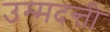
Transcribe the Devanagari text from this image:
उम्मदन्ती